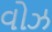
વોઝ